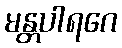
မန္တပါရဂေ